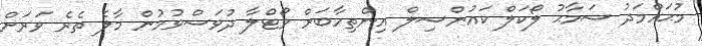
މުޙައްމަދު ސަމާޙު ލޯކަލް ކައުންސިލް އިންތިހާބަށް ވޯޓްލާ ދުވަސްވުމުން މާލެ ތެރެ ވަރަށް